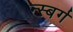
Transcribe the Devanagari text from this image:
न्स्बर्ग